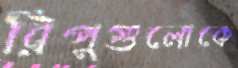
রিপুগুলোকে